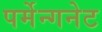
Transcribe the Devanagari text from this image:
पर्मेन्गनेट